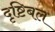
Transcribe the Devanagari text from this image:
दृष्टिबल